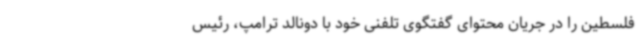
فلسطین را در جریان محتوای گفتگوی تلفنی خود با دونالد ترامپ، رئیس